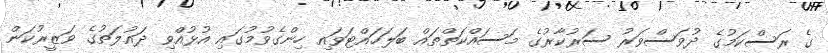
ގެ ރަސްކަމުގެ ދުވަސްވަރު ސަރުކާރުގެ މަސައްކަތްތައް ބަލަހައްޓަވައި ހިންގެވުމުގައި އުޅުއްވި ދައުލަތުގެ ވަޒީރުކަން